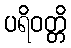
ပရိဝတ္တိ